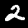
Digit: 2